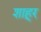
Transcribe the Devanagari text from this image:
शाहूर